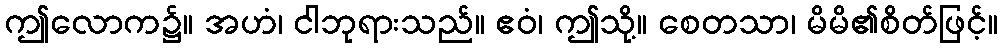
ဤလောက၌။ အဟံ၊ ငါဘုရားသည်။ ဧဝံ၊ ဤသို့။ စေတသာ၊ မိမိ၏စိတ်ဖြင့်။